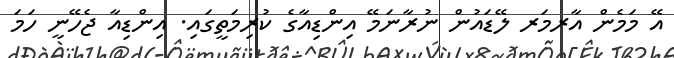
އޭ މަމެން އާރމަރ ލޭޑައުން ނުުރާނަމޭ އިންޑިއާގެ ކުރިމަތީގައި. އިންޑިއާ ޖެހޭނީ ހަމަ